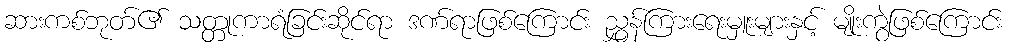
ဆားကစ်ဘုတ်၏ သတ္တုကာရံခြင်းဆိုင်ရာ ဒဏ်ရာဖြစ်ကြောင်း ညွှန်ကြားရေးမှူးများနှင့် မျိုးကွဲဖြစ်ကြောင်း